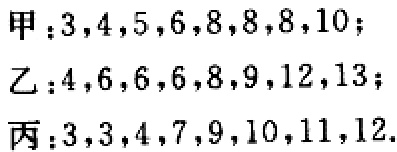
甲：$3,4,5,6,8,8,8,10$；
乙：$4,6,6,6,8,9,12,13$；
丙：$3,3,4,7,9,10,11,12$.